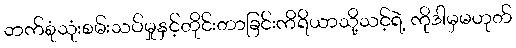
ဘက်စုံသုံးစမ်းသပ်မှုနှင့်တိုင်းတာခြင်းကိရိယာသို့သင့်ရဲ့ ကိုဒါမှမဟုတ်